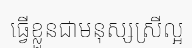
ធ្វើខ្លួនជាមនុស្សស្រីល្អ